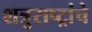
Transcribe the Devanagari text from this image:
शत्रुराष्ट्रांचे